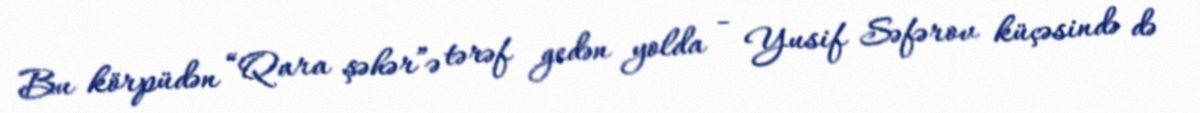
Bu körpüdən “Qara şəhər”ə tərəf gedən yolda - Yusif Səfərov küçəsində də